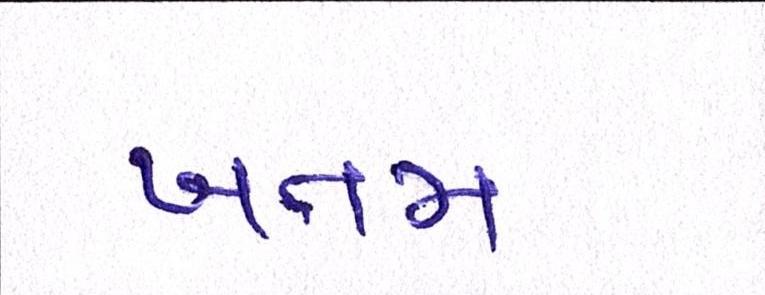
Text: ખતમ